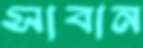
সাবান